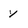
Character: y